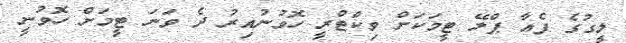
ލީގުގެ ފެއާ ޕްލޭ ޓީމަކަށް ވިކްޓްރީ ހޮވުނުއިރު ދެ ވަނަ ޓީމަށް ހޮވުނީ